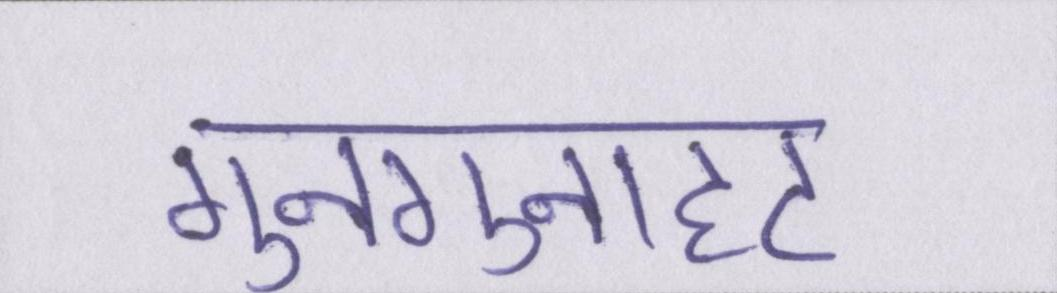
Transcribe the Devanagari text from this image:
गुनगुनाहट